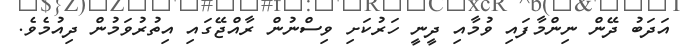
އަދަބު ދޭން ނިންމާފައި ވުމާއި ދީނީ ހަރުކަށި ވިސްނުން ރާއްޖޭގައި އިތުރުވަމުން ދިއުމެވެ.